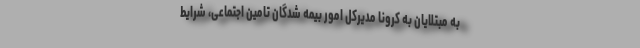
به مبتلایان به کرونا مدیرکل امور بیمه شدگان تامین اجتماعی، شرایط